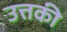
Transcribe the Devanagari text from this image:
उत्तकी